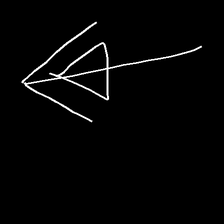
Glyph: pull